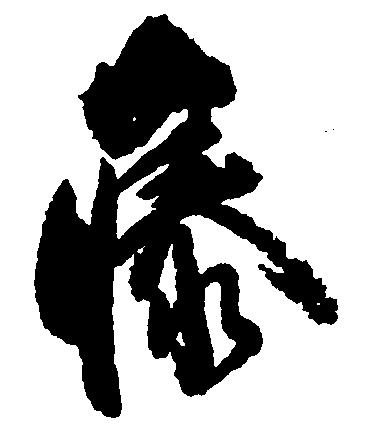
藤